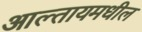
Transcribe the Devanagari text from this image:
आल्तायमधील